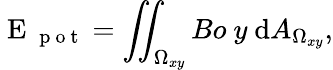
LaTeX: \mathrm{~E~}_{\mathrm{~p~o~t~}}=\iint_{\Omega_{xy}}Bo\ y\ \mathrm{d}A_{\Omega_{xy}},